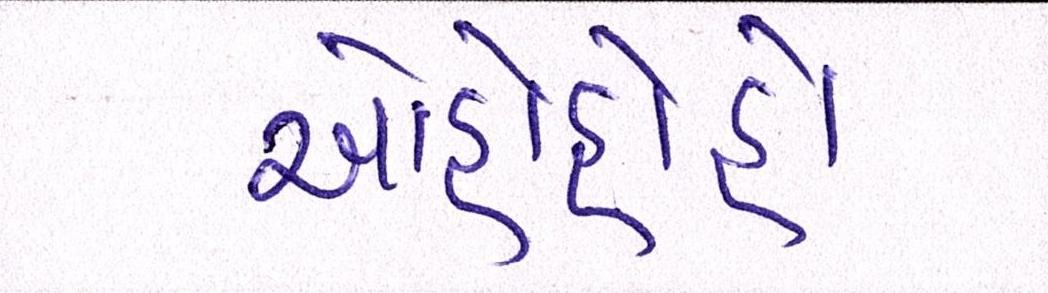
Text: ઓહોહોહો